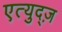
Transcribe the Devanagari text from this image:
एत्युद्ज़